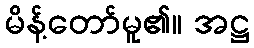
မိန့်တော်မူ၏။ အဋ္ဌ